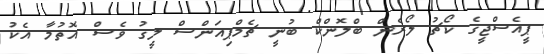
ޕީއެސްޖީގެ ކޯޗު ލޯރެން ބްލޮންކް ބުނީ ޗެމްޕިއަންސް ލީގު ވެސް އޮތުމާ އެކު